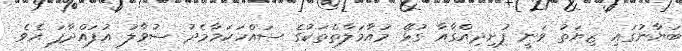
ބަޔާނުގައި ޒިޔަތު ވަނީ ފުށިދިއްގާއާ ގުޅޭ މުއާމަލާތްތަކުގެ ސައްހަކަމާމެދު ސުވާލު އުފައްދާފަ އެވެ.